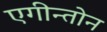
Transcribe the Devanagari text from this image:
एगीन्तोन